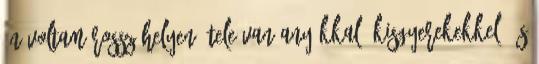
én voltam rossz helyen. Tele van anyákkal, kisgyerekekkel, és